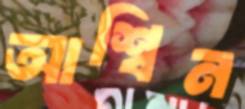
আশ্বিন